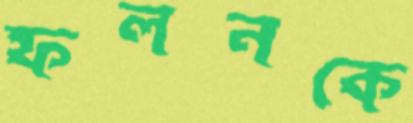
ফলনকে